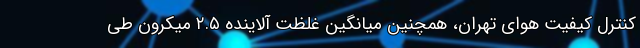
کنترل کیفیت هوای تهران، همچنین میانگین غلظت آلاینده ۲.۵ میکرون طی